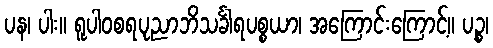
ပန၊ ပါး။ ရူပါဝစရပုညာဘိသင်္ခါရပစ္စယာ၊ အကြောင်းကြောင့်။ ပဉ္စ၊